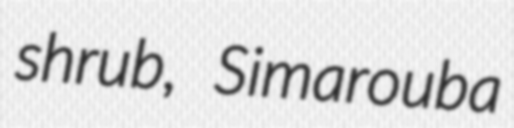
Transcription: shrub, Simarouba